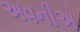
અવનીએ